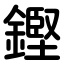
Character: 鏗